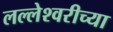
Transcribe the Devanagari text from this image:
लल्लेश्वरीच्या